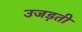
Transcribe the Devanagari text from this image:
उजड़ती